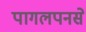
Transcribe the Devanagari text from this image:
पागलपनसे